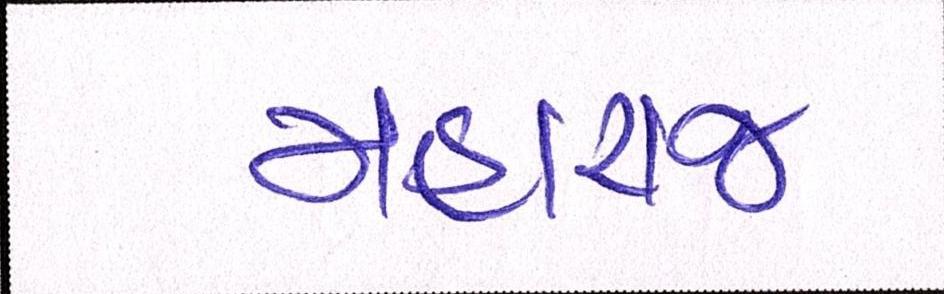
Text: મહારાજ